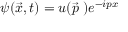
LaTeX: \psi ( \vec { x } , t ) = u ( \vec { p } \; ) e ^ { - i p x }